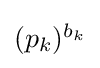
{\textstyle (p_{k})^{b_{k}}}